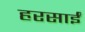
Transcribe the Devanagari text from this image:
हरसाईं